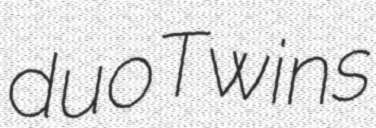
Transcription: duo Twins